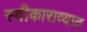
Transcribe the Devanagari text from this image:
स्वीकाराव्यात